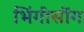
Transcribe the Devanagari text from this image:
भिंगीसोंग